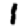
Digit: 1